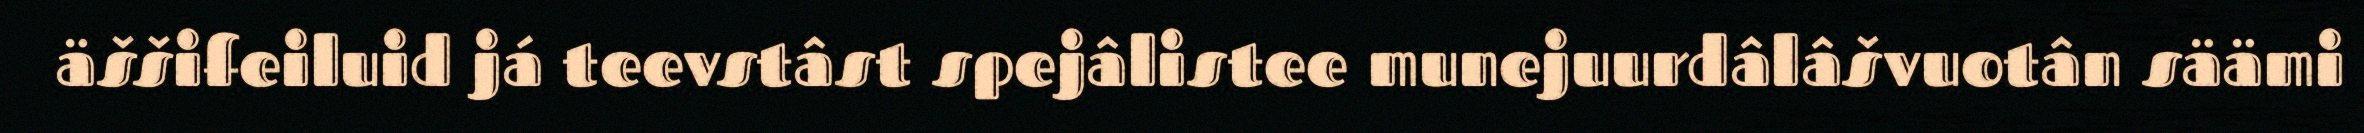
äššifeiluid já teevstâst spejâlistee munejuurdâlâšvuotân säämi